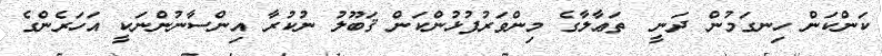
ކަންކަން ހިނގަމުން ދަނީ  ތަޢާލާގެ މިންވަރުފުޅުންކަން ޤަބޫލު ނުކުރާ އިންސާނުންނަކީ އަހަރެންގެ